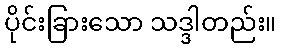
ပိုင်းခြားသော သဒ္ဒါတည်း။